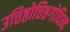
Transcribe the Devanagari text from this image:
उत्तिष्ठोत्तिष्ठगोविन्द